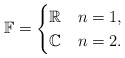
\begin{align*}\mathbb{F} = \begin{cases}\mathbb{R} & n = 1,\\\mathbb{C} & n = 2.\end{cases}\end{align*}